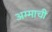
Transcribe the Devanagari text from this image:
अम्माची